Medical and sanitary report on the native army of Bombay for the year
Year: 1877
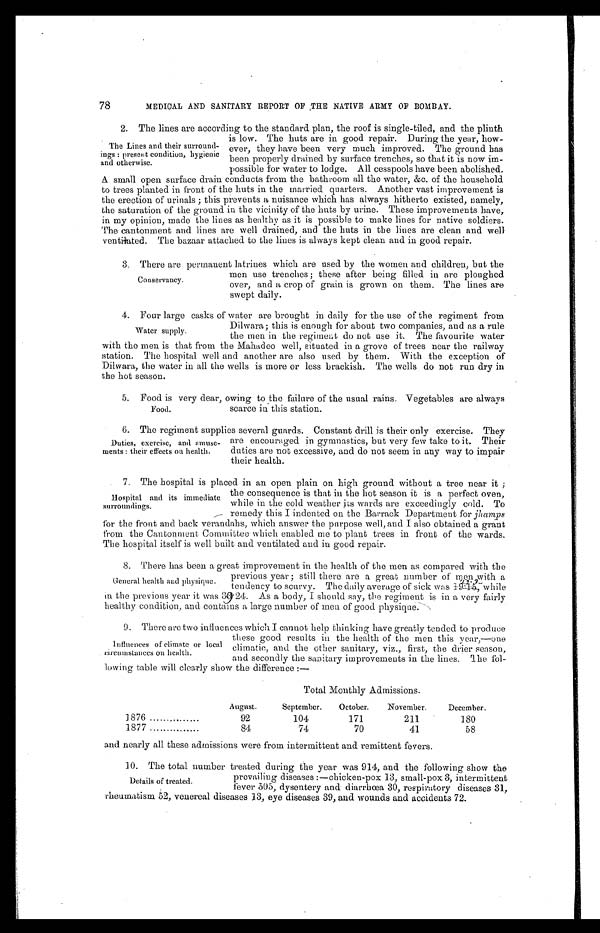
78
MEDICAL AND SANITARY REPORT OF THE NATIVE ARMY OF BOMBAY.
The Lines and their surround-
i n g s : p r e s e n t c o n d i t i o n , h y g i e n i c
and otherwise.
2. The lines are according to the standard plan, the roof is single-tiled, and the plinth
is low. The huts are in good repair. During the year, how-
ever, they have been very much improved. The ground has
been properly drained by surface trenches, so that it is now im-
possible for water to lodge. All cesspools have been abolished.
A small open surface drain conducts from the bathroom all the water, &c. of the household
to trees planted in front of the huts in the married quarters. Another vast improvement is
the erection of urinals ; this prevents a nuisance which has always hitherto existed, namely,
the saturation of the ground in the vicinity of the huts by urine. These improvements have,
in my opinion, made the lines as healthy as it is possible to make lines for native soldiers.
The cantonment and lines are well drained, and the huts in the lines are clean and well
ventilated. The bazaar attached to the lines is always kept clean and in good repair.
Conservancy.
3 . T h e r e a r e p e r m a n e n t l a t r i n e s w h i c h a r e u s e d b y t h e w o m e n a n d c h i l d r e n , b u t t h e
men use trenches ; these after being filled in are ploughed
over, and a crop of grain is grown on them. The lines are
swept daily.
Water supply.
4. Four large casks of water are brought in daily for the use of the regiment from
Dilwara ; this is enough for about two companies, and as a rule
the men in the regirneat do not use it. The favourite water
with the men is that from the Mahadeo well, situated in a grove of trees near the railway
station. The hospital well and another are also used by them. With the exception of
Dilwara, the water in all the wells is more or less brackish. The wells do not run dry in
the hot season.
Food.
5. Food is very dear, owing to the failure of the usual rains. Vegetables are always
scarce in this station.
Duties, exercise, and amuse-
ments : their effects on health.
6. The regiment supplies several guards. Constant drill is their only exercise. They
are encouraged in gymnastics, but very few take to it. Their
duties are not excessive, and do not seem in any way to impair
their health.
Hospital and its immediatt
surroundings.
7. The hospital is placed in an open plain on high ground without a tree near it ;
the consequence is that in the hot season it is a perfect oven,
while in the cold weather its wards are exceedingly cold. To
remedy this I indented on the Barrack Department for jhamps
for the front and back verandahs, which answer the purpose well, and I also obtained a grant
from the Cantonment Committee which enabled me to plant trees in front of the wards.
The hospital itself is well built and ventilated and in good repair.
General health and physique.
8. There has been a great improvement in the health of the men as compared with the
previous year; still there are a great number of men with a
tendency to scurvy. The daily average of sick was
22.2 while in the previous year it was 39.24. As a body, I should say, the regiment is in a very fairly
healthy condition, and. contains a large number of mea of good physique.
Influences of climate or local
circumstances on health.
9. There are two influences which I cannot help thinking have greatly tended to produce
these good results in the health of the men this year,—one
climatic, and the other sanitary, viz., first, the drier season,
and secondly the sanitary improvements in the lines. The fol-
lowing table will clearly show the difference :—
Total Monthly Admissions.
1876
August.
92
September.
104
October.
171
November.
211
December.
180
1877
84
74
70
41
58
and nearly all these admissions were from intermittent and remittent fevers.
Details of treated.
10. The total number treated during the year was 914, and the following show the
prevailing diseases :—chicken-pox 13, small-pox 3, intermittent
fever 505, dysentery and. diarrhœa 30, respiratory diseases 31,
rheumatism 52, venereal diseases 13, eye diseases 39, and wounds and accidents 72.